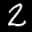
Label: 2